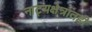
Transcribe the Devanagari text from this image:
नाट्यक्षेत्रातही